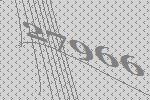
27966